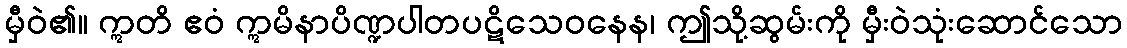
မှီဝဲ၏။ ဣတိ ဧဝံ ဣမိနာပိဏ္ဍပါတပဋိသေဝနေန၊ ဤသို့ဆွမ်းကို မှီးဝဲသုံးဆောင်သော